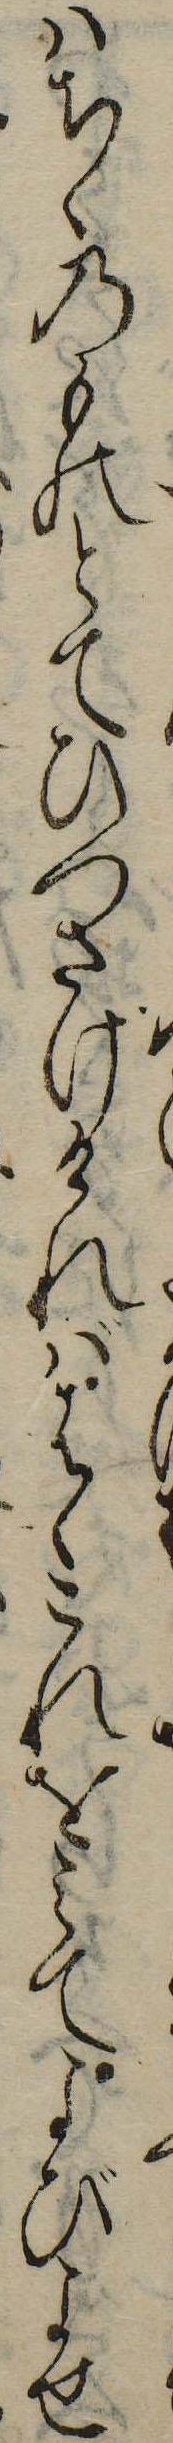
はちゝのものとてひつさげければはゝこれをみてよびよせ